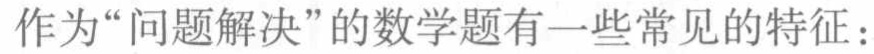
作为“问题解决”的数学题有一些常见的特征：